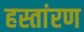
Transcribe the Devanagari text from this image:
हस्तांरण